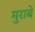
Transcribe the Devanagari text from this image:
मुराबे